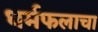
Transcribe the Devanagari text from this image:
धर्मफलाचा